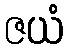
ဇယံ